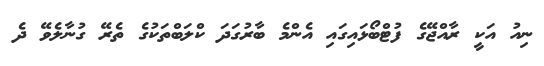
ނިއު އަކީ ރާއްޖޭގެ ފުޓްބޯޅައިގައި އެންމެ ބާރުގަދަ ކްލަބްތަކުގެ ތެރޭ ގުނާލެވޭ ދެ